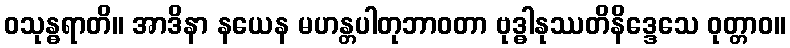
ဝသုန္ဓရာတိ။ အာဒိနာ နယေန မဟန္တပါတုဘာဝတာ ဗုဒ္ဓါနုဿတိနိဒ္ဒေသေ ဝုတ္တာဝ။